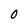
Character: 0